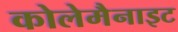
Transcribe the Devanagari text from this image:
कोलेमैनाइट